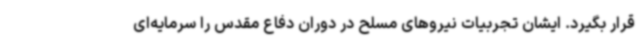
قرار بگیرد. ایشان تجربیات نیروهای مسلح در دوران دفاع مقدس را سرمایه‌ای